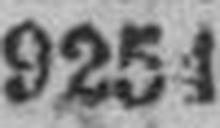
9254